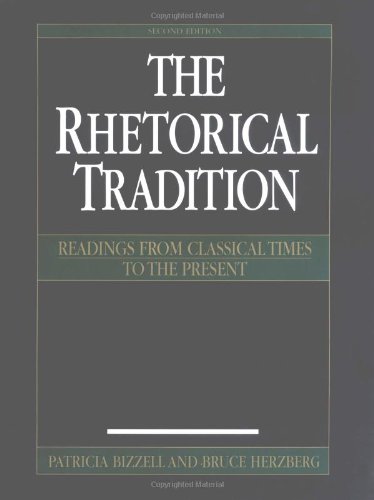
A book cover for The Rhetorical Tradition: Readings from Classical Times to the Present; Patricia Bizzell; Politics & Social Sciences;